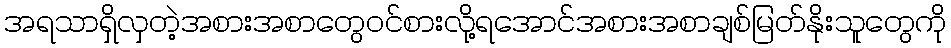
အရသာရှိလှတဲ့အစားအစာတွေဝင်စားလို့ရအောင်အစားအစာချစ်မြတ်နိုးသူတွေကို